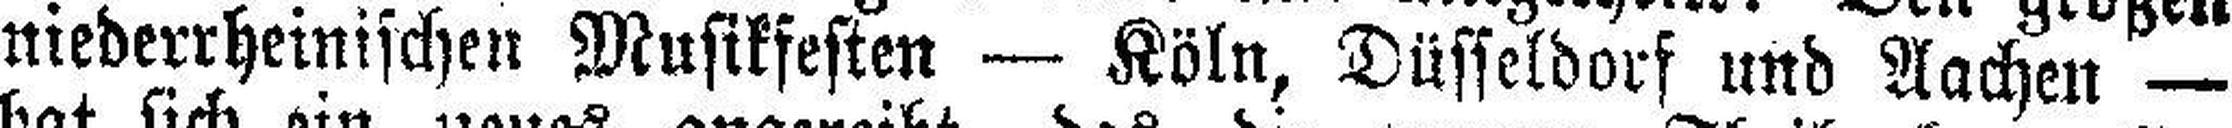
niederrheinischen Musikfesten — Köln, Düsseldorf und Aachen —